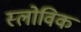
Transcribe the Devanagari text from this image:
स्लोविक